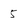
Character: 5